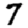
Digit: 7